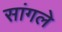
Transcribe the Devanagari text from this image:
सांगले